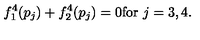
f _ { 1 } ^ { 4 } ( p _ { j } ) + f _ { 2 } ^ { 4 } ( p _ { j } ) = 0 \mathrm { f o r } \ j = 3 , 4 .